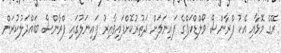
ރޭގެ މޮޅާއި އެކު ފްރާންސް ވޯލްޑްކަޕްގެ ފައިނަލަށް ދަތުރުކޮށްފައިވާއިރު ފައިނަލުގައި ފްރާންސް ބައްދަލުކުރަން